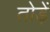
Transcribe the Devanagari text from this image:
तोड़ें